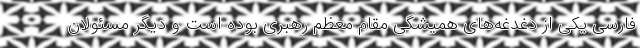
فارسی یکی از دغدغه‌های همیشگی مقام معظم رهبری بوده است و دیگر مسئولان